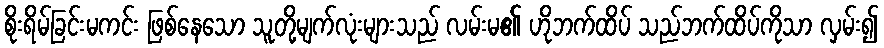
စိုးရိမ်ခြင်းမကင်း ဖြစ်နေသော သူတို့မျက်လုံးများသည် လမ်းမ၏ ဟိုဘက်ထိပ် သည်ဘက်ထိပ်ကိုသာ လှမ်း၍